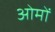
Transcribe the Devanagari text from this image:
ओमों